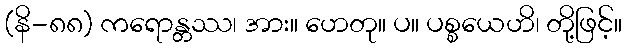
(နိ-၈၈) ကရောန္တဿ၊ အား။ ဟေတု။ ပ။ ပစ္စယေဟိ၊ တို့ဖြင့်။